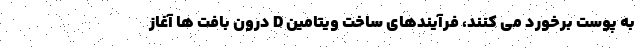
به پوست برخورد می کنند، فرآیندهای ساخت ویتامین D درون بافت ها آغاز